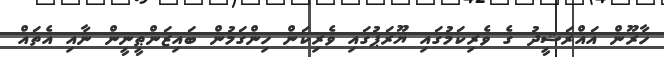
ހާރޫން އައްރަޝީދު ގެ ވެރިކަމުގައި ޔޫރަޕުގައި ވެރިކަން ހިންގަމުން ބައިޒަންޠީނީން ނާއި އެތައް